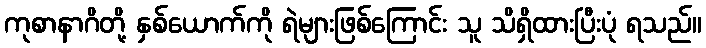
ကုစာနာဂိတို့ နှစ်ယောက်ကို ရဲများဖြစ်ကြောင်း သူ သိရှိထားပြီးပုံ ရသည်။